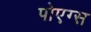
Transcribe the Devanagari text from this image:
पोएग्स